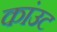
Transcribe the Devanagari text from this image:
कांउट